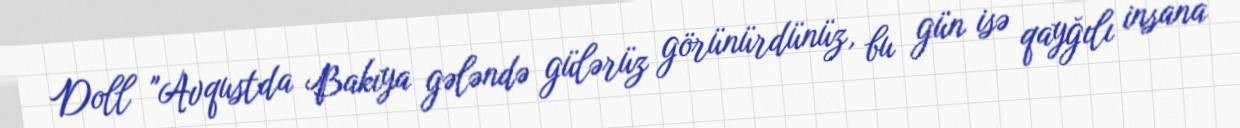
Doll "Avqustda Bakıya gələndə gülərüz görünürdünüz, bu gün isə qayğılı insana